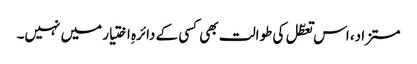
مستزاد، اس تعطّل کی طوالت بھی کسی کے دائرہِ اختیار میں نہیں۔